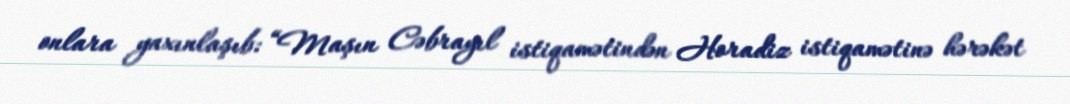
onlara yaxınlaşıb: “Maşın Cəbrayıl istiqamətindən Horadiz istiqamətinə hərəkət